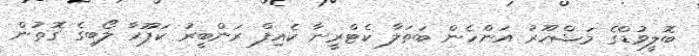
ބޮލީވުޑްގެ މަޝްހޫރު އަންހެން ބަތަލާ ކެޓްރީނާ ކެއިފް ރަންބީރު ކަޕޫރާ ލޯބިގެ ގޮތުން